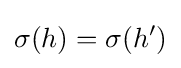
\sigma (h)=\sigma (h')